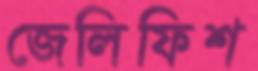
জেলিফিশ